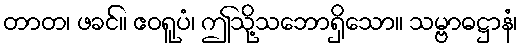
တာတ၊ ဖခင်။ ဧဝရူပံ၊ ဤသို့သဘောရှိသော။ သမ္ဗာဓဋ္ဌာနံ၊